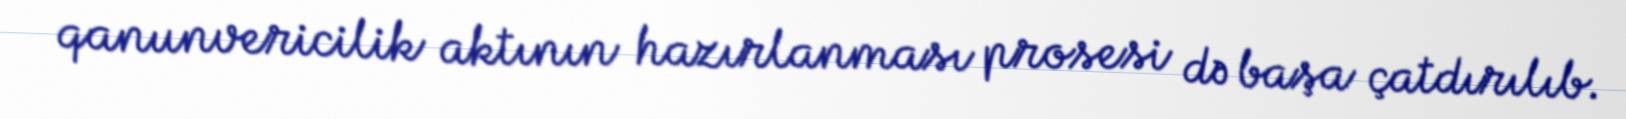
qanunvericilik aktının hazırlanması prosesi də başa çatdırılıb.